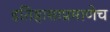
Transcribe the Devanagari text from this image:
इतिहासाप्रमाणेच